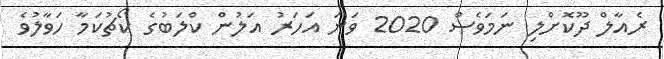
ރެއާލް ދޫކޮށްލި ނަމަވެސް 2020 ވަނަ އަހަރު އަލުން ކްލަބުގެ ކޯޗުކަމާ ހަވާލުވެ